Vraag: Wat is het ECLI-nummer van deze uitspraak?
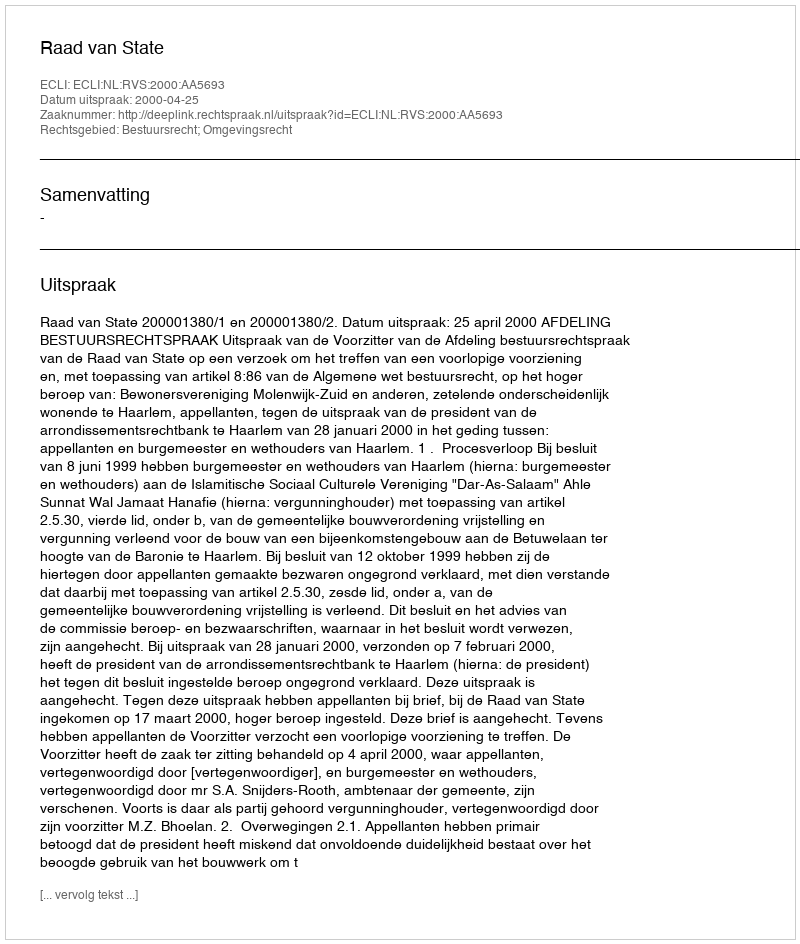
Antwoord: ECLI:NL:RVS:2000:AA5693